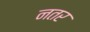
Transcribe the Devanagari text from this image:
नतर